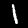
Digit: 1